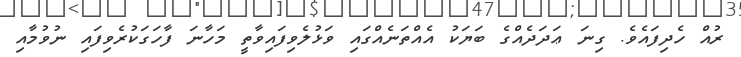
ރުއް ހެދިފައެވެ. ގިނަ ޢަދަދެއްގެ ބަޔަކު އެއްތަނެއްގައި ވަޅުލެވިފައިވާތީ މަހާނަ ފާހަގަކުރެވިފައި ނުވުމާއި